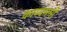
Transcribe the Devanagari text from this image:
काव्यमर्मी